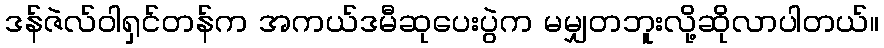
ဒန်ဇဲလ်ဝါရှင်တန်က အကယ်ဒမီဆုပေးပွဲက မမျှတဘူးလို့ဆိုလာပါတယ်။